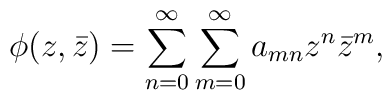
\phi(z,\bar z)=\sum_{n=0}^\infty\sum_{m=0}^\infty a_{mn}z^n\bar z^m,